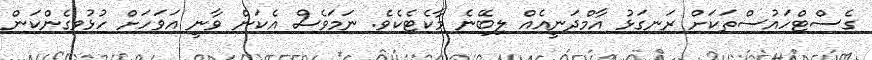
ގެސްޓްހައުސްތަކަށް ރަނގަޅު އާމްދަނީއެއް ލިބޭނެ މާކެޓެކެވެ. ނަމަވެސް އެކަން ވާނީ އަވަހަށް ހުޅުވިގެންކަން